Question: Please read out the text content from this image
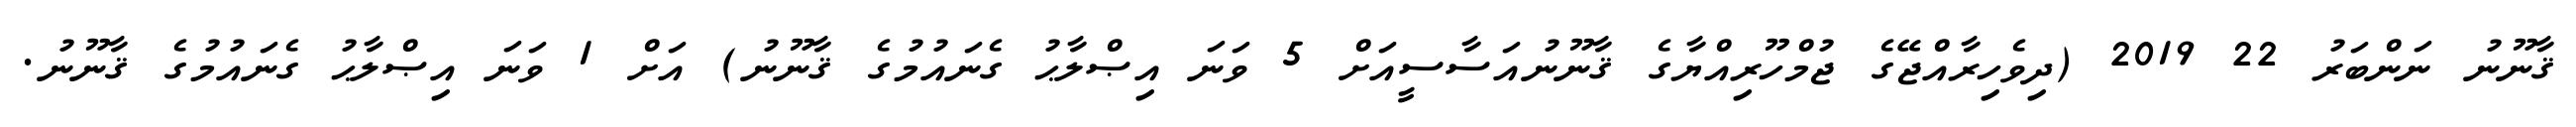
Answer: ޤާނޫނު ނަންބަރު 22 2019 (ދިވެހިރާއްޖޭގެ ޖުމްހޫރިއްޔާގެ ޤާނޫނުއަސާސީއަށް 5 ވަނަ އިޞްލާޙު ގެނައުމުގެ ޤާނޫނު) އަށް 1 ވަނަ އިޞްލާޙު ގެނައުމުގެ ޤާނޫނު.